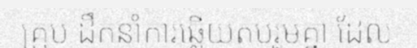
គ្រុប ដឹកនាំការឆ្លើយតបរួមគ្នា ដែល